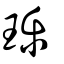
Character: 瓅